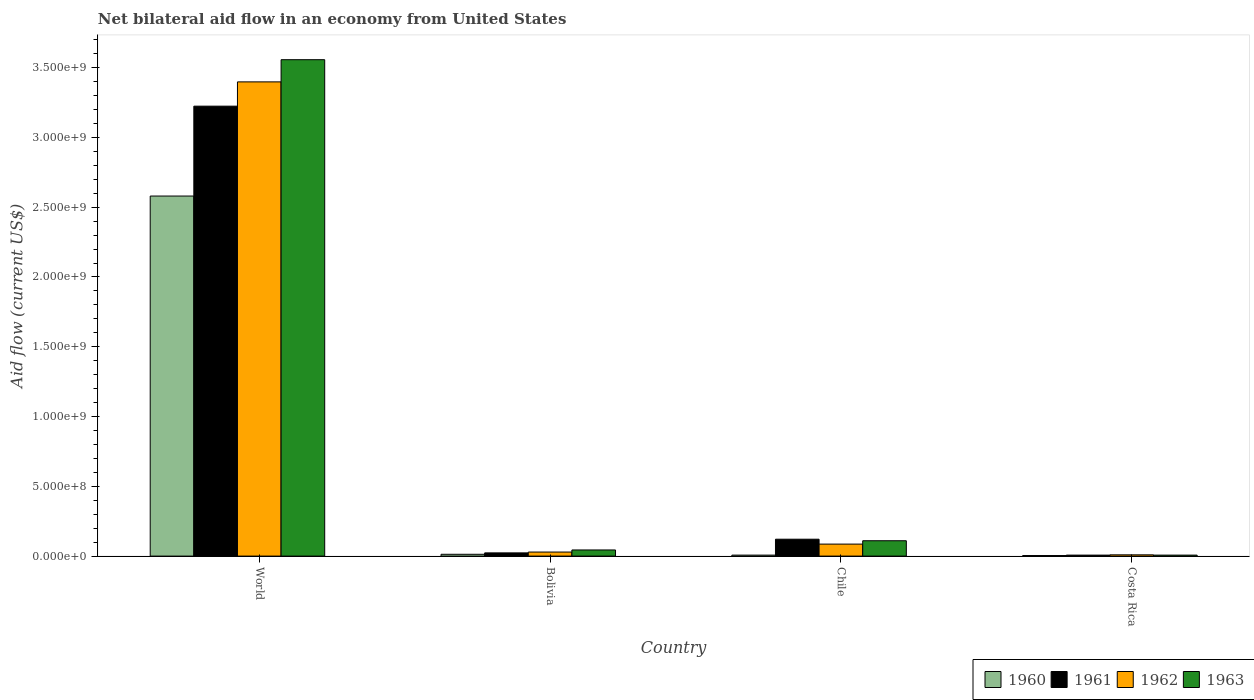
| Country | 1960 | 1961 | 1962 | 1963 |
 | --- | --- | --- | --- | --- |
 | World | 2.58e+09 | 3.22e+09 | 3.4e+09 | 3.56e+09 |
 | Bolivia | 1.3e+07 | 2.3e+07 | 2.9e+07 | 4.4e+07 |
 | Chile | 7e+06 | 1.21e+08 | 8.6e+07 | 1.1e+08 |
 | Costa Rica | 4e+06 | 7e+06 | 9e+06 | 7e+06 |